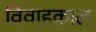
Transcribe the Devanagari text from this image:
विवाहकाल